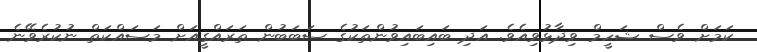
ކަމަށް ވެސް ޝަހީމް ވިދާޅުވިއެވެ. އަދި ބައިބައިވުންތަކުގެ ސަބަބުން ތަރައްގީއަށް މަސައްކަތް ނުކުރެވޭނެ